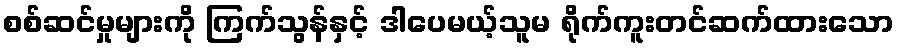
စစ်ဆင်မှုများကို ကြက်သွန်နှင့် ဒါပေမယ့်သူမ ရိုက်ကူးတင်ဆက်ထားသော